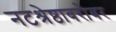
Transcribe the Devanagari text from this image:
नटश्रेष्ठाबरोबर